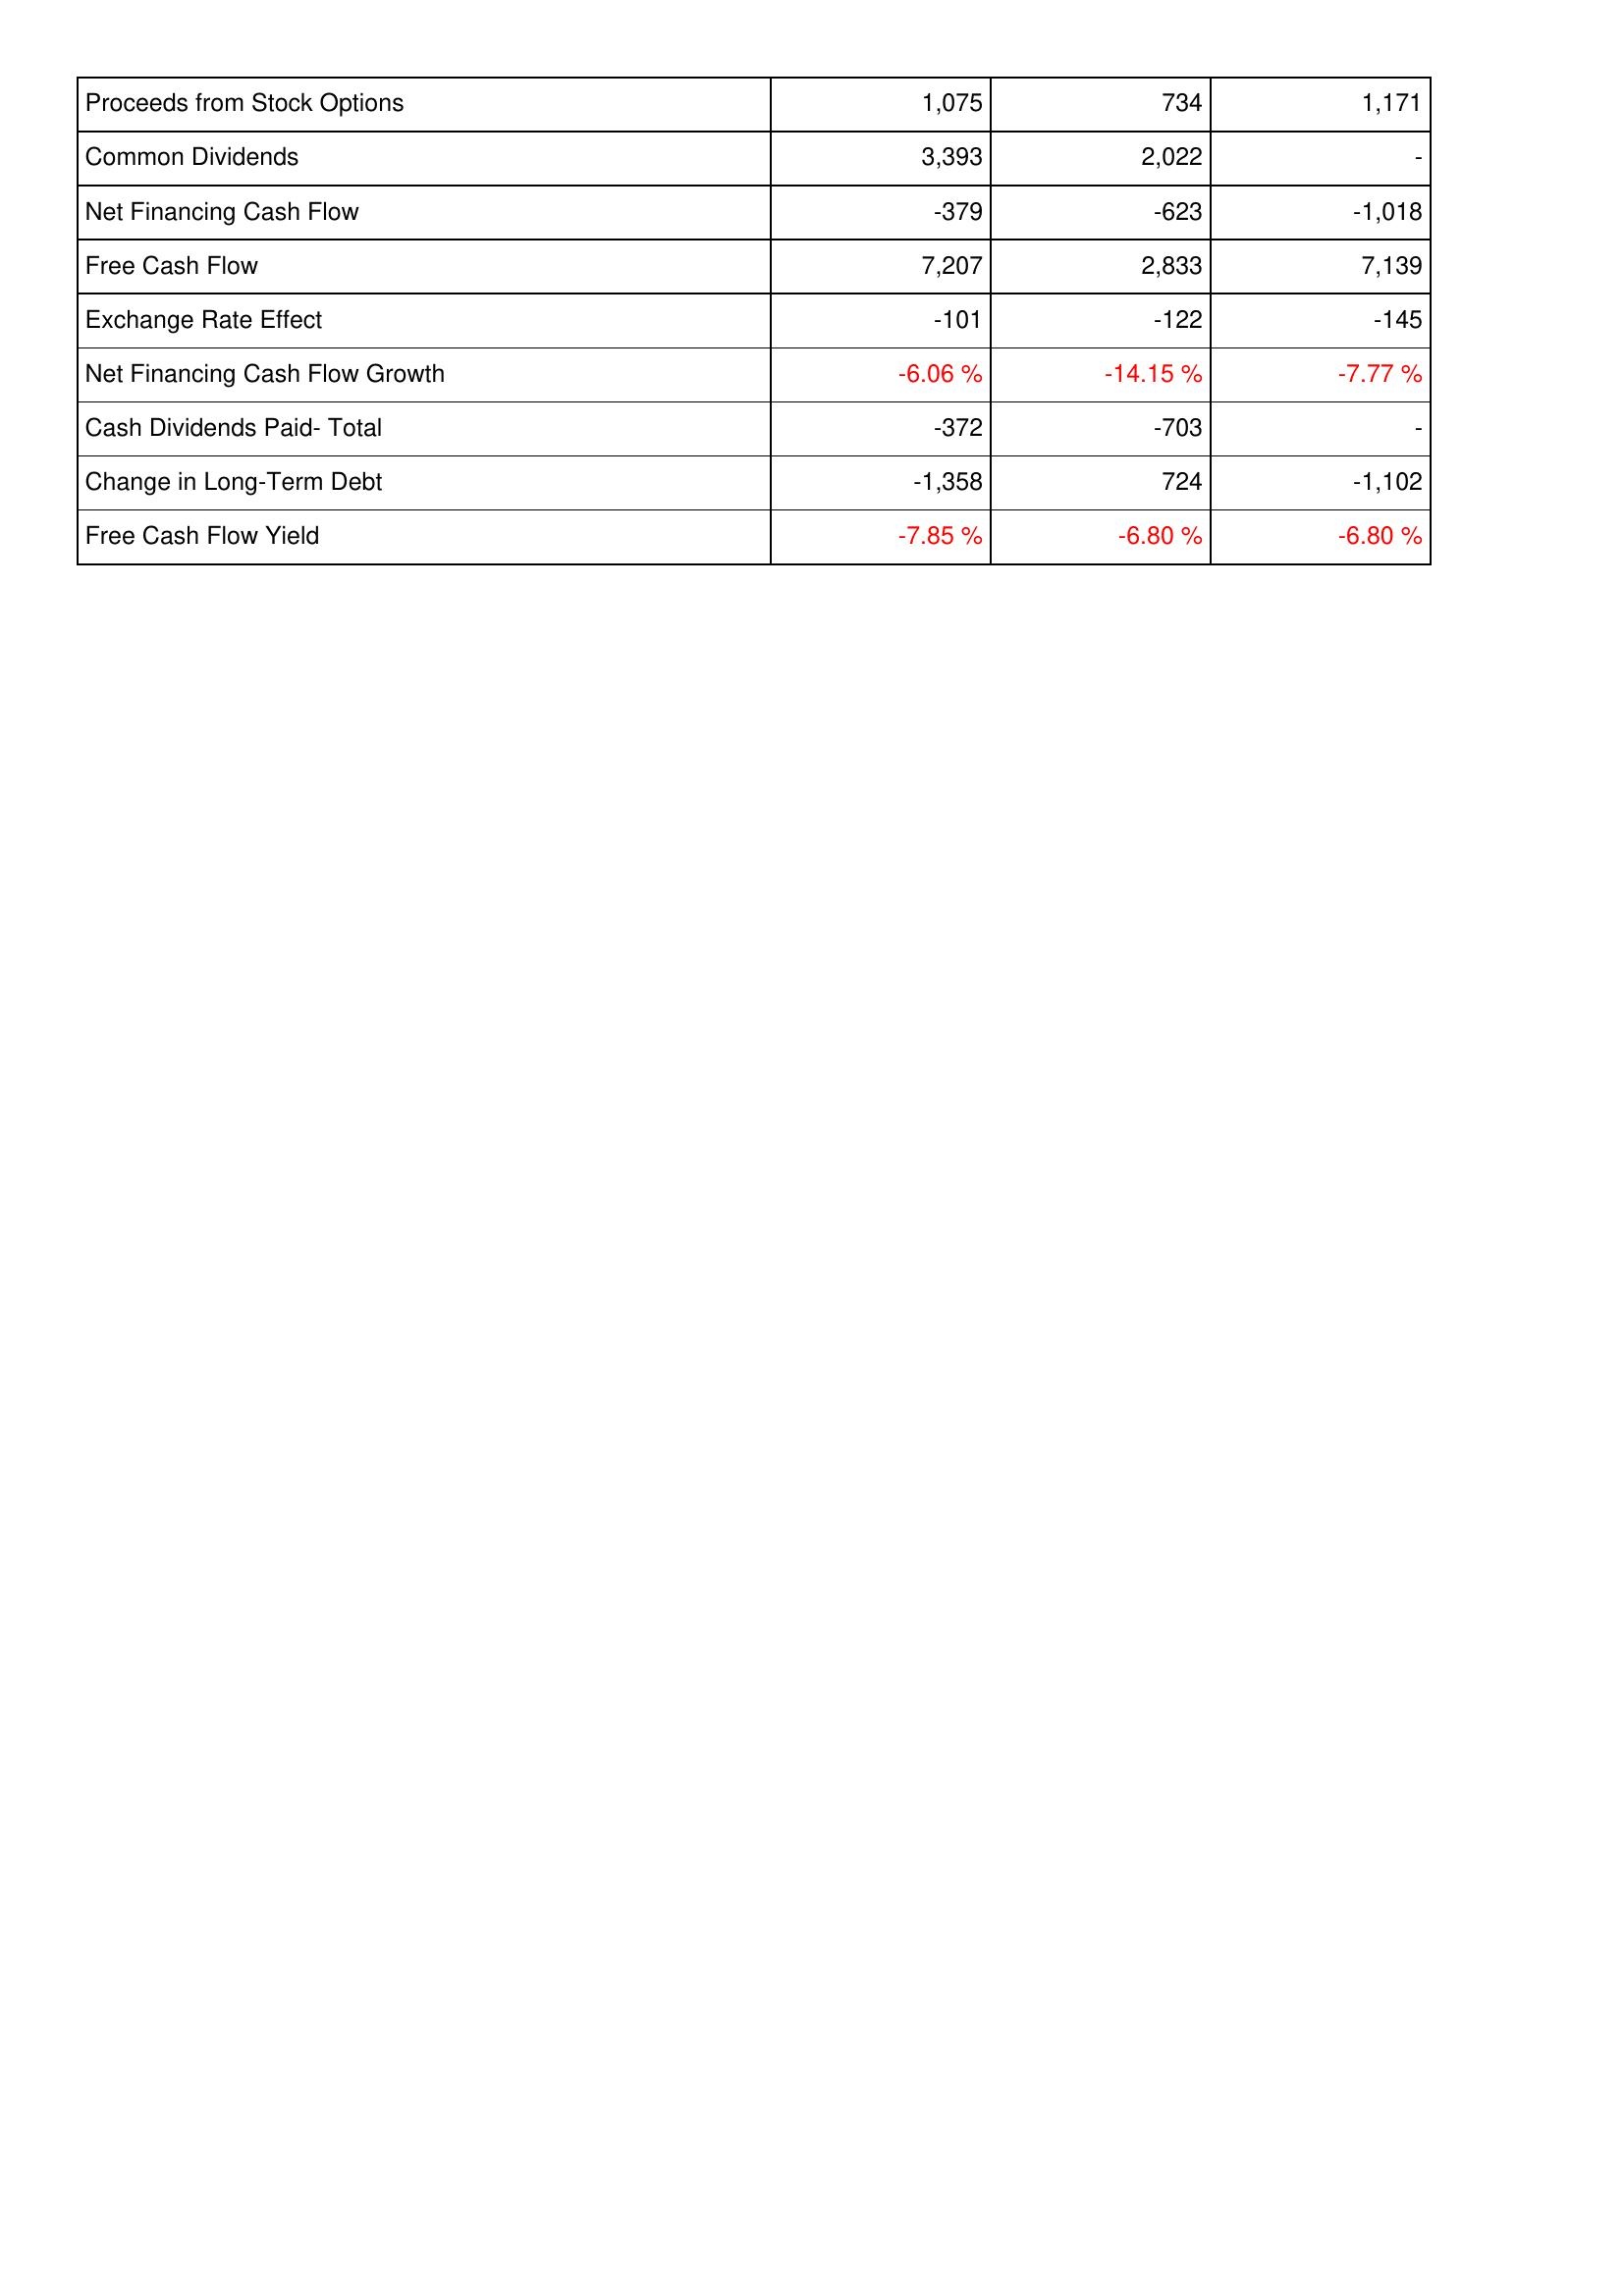
2019: Financing Activities: Proceeds from Stock Options: 1,075
Common Dividends: 3,393
Net Financing Cash Flow: -379
Free Cash Flow: 7,207
Exchange Rate Effect: -101
Net Financing Cash Flow Growth: -6.06 %
Cash Dividends Paid- Total: -372
Change in Long-Term Debt: -1,358
Free Cash Flow Yield: -7.85 %
2018: Financing Activities: Proceeds from Stock Options: 734
Common Dividends: 2,022
Net Financing Cash Flow: -623
Free Cash Flow: 2,833
Exchange Rate Effect: -122
Net Financing Cash Flow Growth: -14.15 %
Cash Dividends Paid- Total: -703
Change in Long-Term Debt: 724
Free Cash Flow Yield: -6.80 %
2017: Financing Activities: Proceeds from Stock Options: 1,171
Common Dividends: -
Net Financing Cash Flow: -1,018
Free Cash Flow: 7,139
Exchange Rate Effect: -145
Net Financing Cash Flow Growth: -7.77 %
Cash Dividends Paid- Total: -
Change in Long-Term Debt: -1,102
Free Cash Flow Yield: -6.80 %